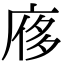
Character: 㢋